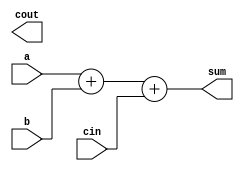
module brent_kung_adder (
    input [3:0] a,
    input [3:0] b,
    input cin,
    output reg [3:0] sum,
    output reg cout
);

reg [3:0] p, g;
wire [3:0] gg, pp;

assign gg = {g[3], g[2] & p[3], g[1] & p[2], g[0] & p[1]};
assign pp = {p[3], p[2] ^ g[3], p[1] ^ g[2], p[0] ^ g[1]};

assign sum = a + b + cin;
assign cout = gg[3];

always @* begin
    p = pp;
    g = gg;
end

endmodule